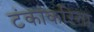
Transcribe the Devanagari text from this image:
टंकांकरिता